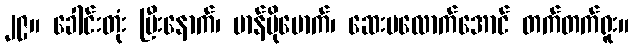
၂၉။ ခေါင်းတုံး ပြီးနောက်၊ မာန်ပိုမောက်၊ ဆေးမလောက်အောင် တက်တက်ရူး။